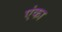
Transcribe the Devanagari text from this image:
एंका